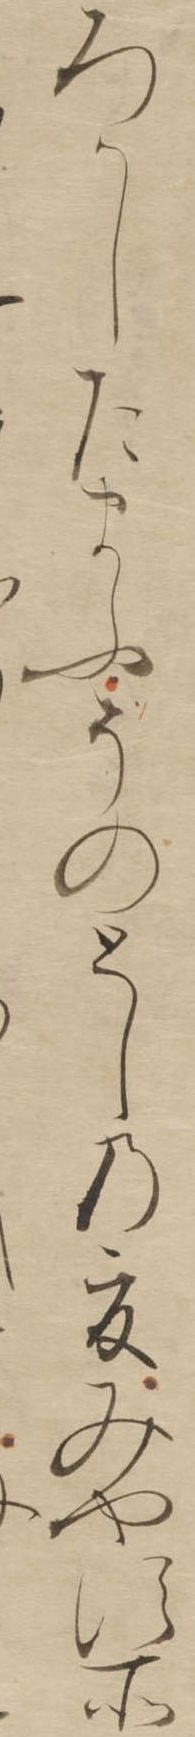
ろかしたまふそのとしの夏みやす所